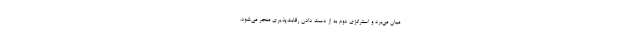
میان می‌برد و استراتژی دوم به از دست دادن رقابت‌پذیری منجر می‌شود.